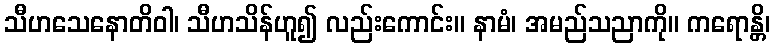
သီဟသေနောတိဝါ၊ သီဟသိန်ဟူ၍ လည်းကောင်း။ နာမံ၊ အမည်သညာကို။ ကရောန္တိ၊